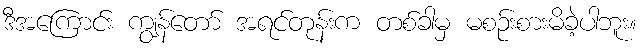
ဒီအကြောင်း ကျွန်တော် အရင်တုန်းက တစ်ခါမှ မစဉ်းစားမိခဲ့ပါဘူး။